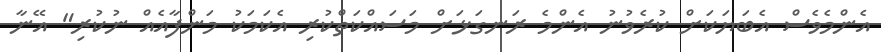
އެންމެވެސް އެބަޔަކަށް ކުރެވުނު އެންމެ ރަނގަޅަށް މަސައްކަތްކުރި އެކަމަކު މަންފާއެއް ނުކުރި" އޭނާ